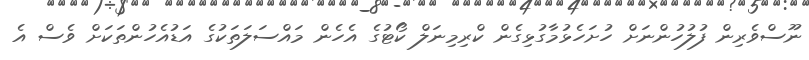
ނޫސްވެރިން ފުލުހުންނަށް ހުށަހެޅުމާގުޅިގެން ކްރިމިނަލް ކޯޓުގެ އެހެން މައްސަލަތަކުގެ އަޑުއެހުންތަކަށް ވެސް އެ